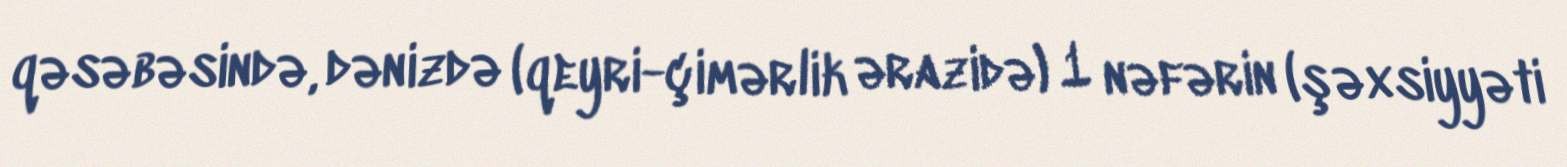
qəsəbəsində, dənizdə (qeyri-çimərlik ərazidə) 1 nəfərin (şəxsiyyəti